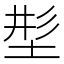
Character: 𡌒